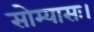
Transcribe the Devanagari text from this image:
सोम्यासः।